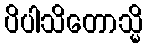
ပိပါသိတောသ္မိ